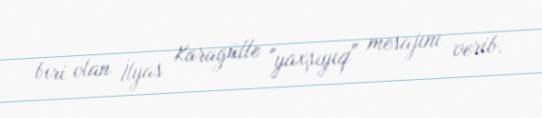
biri olan İlyas Karagülle "yaxşıyıq" mesajını verib.